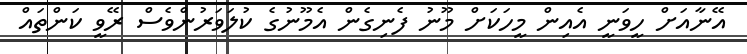
އޭނާއަށް ހީވަނީ އެއިން މީހަކަށް މޫނު ފެނިގެން އެމޫނުގެ ކުލަވަރުންވެސް ރޭވީ ކަންތައް